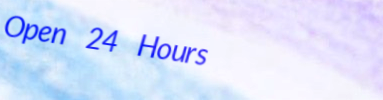
Open 24 Hours